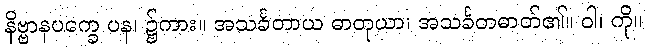
နိဗ္ဗာနပက္ခေ ပန၊ ၌ကား။ အသင်္ခတာယ ဓာတုယာ၊ အသင်္ခတဓာတ်၏။ ဝါ၊ ကို။